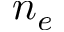
n _ { e }